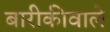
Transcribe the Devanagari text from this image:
बारीकीवाले